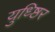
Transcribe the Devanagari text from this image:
युध्ष्ठिर